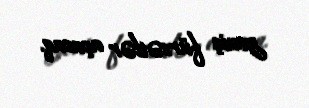
geniş fürsətlər açacaq.